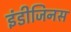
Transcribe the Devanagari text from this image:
इंडीजिनस